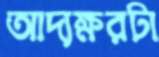
আদ্যক্ষরটা